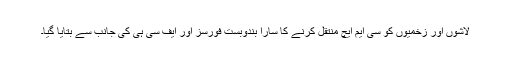
لاشوں اور زخمیوں کو سی ایم ایچ منتقل کرنے کا سارا بندوبست فورسز اور ایف سی ہی کی جانب سے بتایا گیا۔